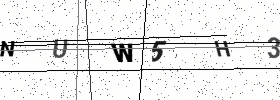
Text: NUW5H3